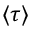
\langle \tau \rangle